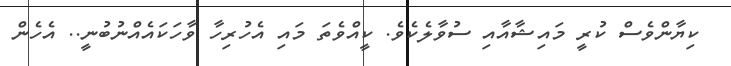
ކިޔާންވެސް ކުރީ މައިޝާއާއި ސުވާލެކެވެ. ކީއްވެތަ މައި އެހުރިހާ ވާހަކައެއްނުބުނީ.. އެހެން